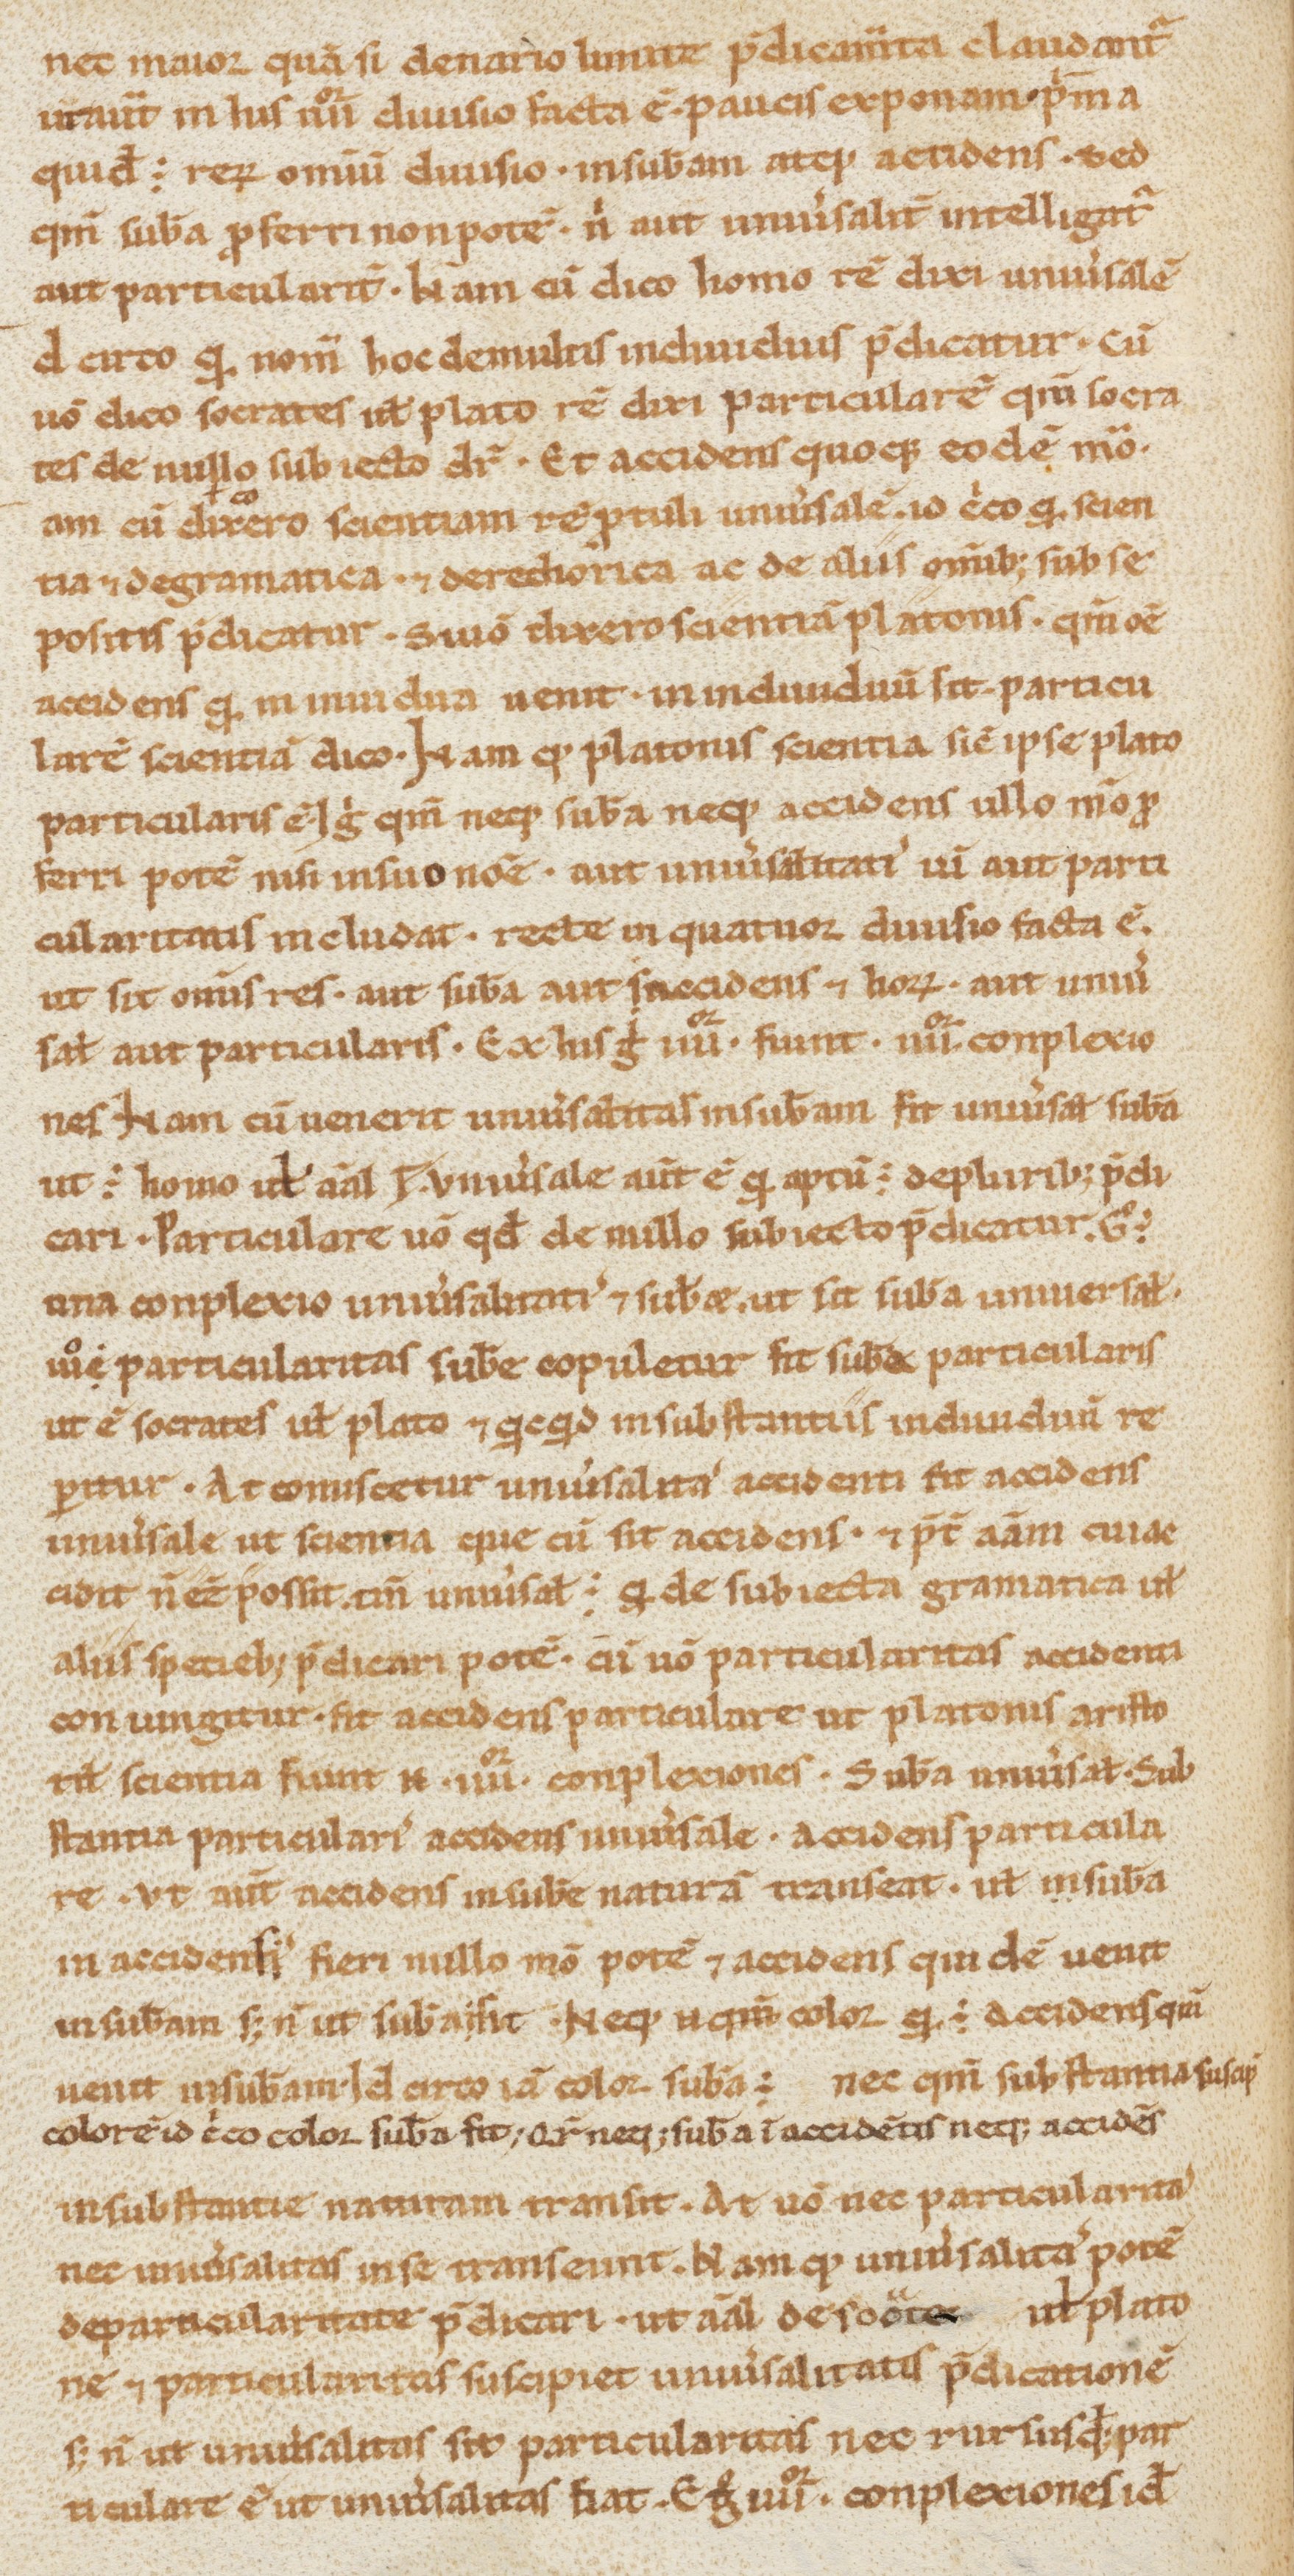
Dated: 1000–1199